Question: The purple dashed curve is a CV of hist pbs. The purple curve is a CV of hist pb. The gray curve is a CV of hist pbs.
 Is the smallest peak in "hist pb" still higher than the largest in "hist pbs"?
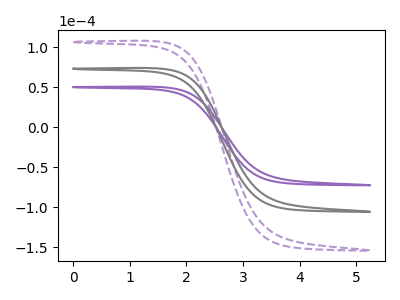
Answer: <think>The purple dashed curve "hist pbs" has no peaks. The purple curve "hist pb" has no peaks. The gray curve "hist pbs" has no peaks.</think>
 <answer>Niether CV has any peaks.</answer>
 <eval>blanks</eval>